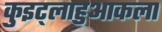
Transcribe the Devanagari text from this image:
कुइट्लाहुआकला